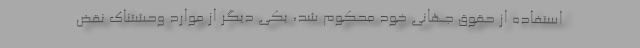
استفاده از حقوق جهانی خود محکوم شد، یکی دیگر از موارد وحشتناک نقض